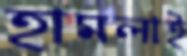
হামলাই